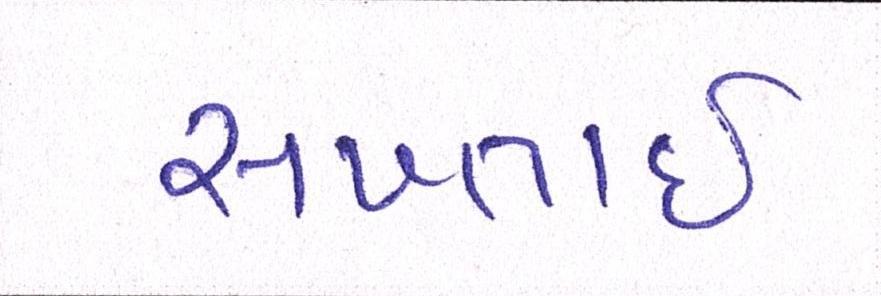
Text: સખ્તાઈ